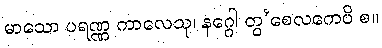
မာသော ပရဏ္ဏ ကာလေသု၊ နဂ္ဂေါ တွ’စေလကေပိ စ။